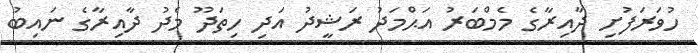
ހުވަރަފުށި ދާއިރާގެ މެމްބަރު އަޙްމަދު ރަޝީދު އަދި ހިތަދޫ މެދު ދާއިރާގެ ނައިބު